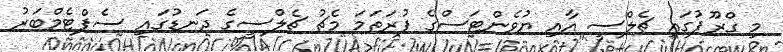
މި ގްރޫޕުގައި ޗެލްސީ އާއި ޔުވެންޓަސްގެ ފުރަތަމަ މެޗު ޗެލްސީގެ ދަނޑުގައި ސެޕްޓެމްބަރު